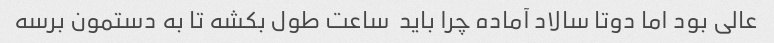
عالی بود اما دوتا سالاد آماده چرا باید  ساعت طول بکشه تا به دستمون برسه